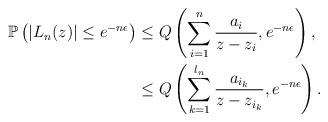
LaTeX: \begin{align*}\mathbb{P}\left(|L_n(z)|\leq e^{-n\epsilon}\right) & \leq Q\left(\sum_{i=1}^{n}\frac{a_i}{z-z_i},e^{-n\epsilon}\right), \\ &\leq Q\left(\sum_{k=1}^{l_n}\frac{a_{i_k}}{z-z_{i_k}},e^{-n\epsilon}\right). \end{align*}